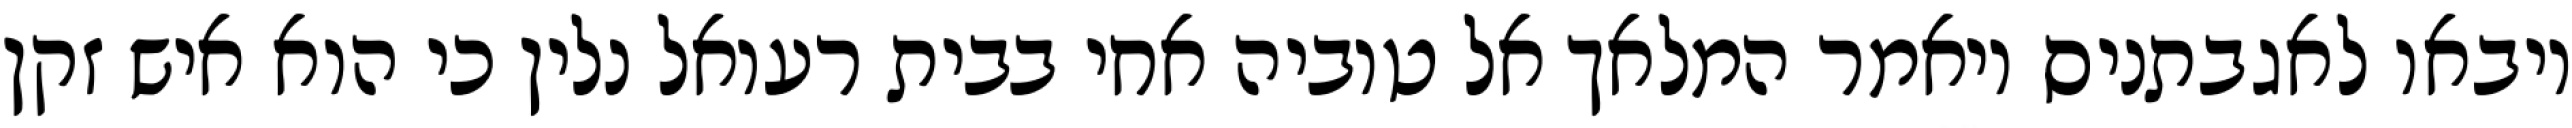
ויבאו לאגבתניס ויאמר המלאך אל טוביה אחי בבית רעואל נלין כי הוא איש זקן